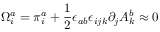
\Omega _ { i } ^ { a } = \pi _ { i } ^ { a } + \frac { 1 } { 2 } \epsilon _ { a b } \epsilon _ { i j k } \partial _ { j } A _ { k } ^ { b } \approx 0